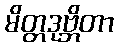
မိတ္တဒုဗ္ဘိတာ